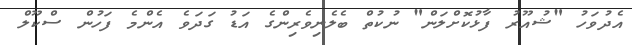
އެދުވަހު "ޝުއޫރު ފާޅުކޮށްލަން" ނުކުތް ބެލެނިވެރިންގެ އަޑު ގަދަވެ އެންމެ ފަހުން ސްކޫލް